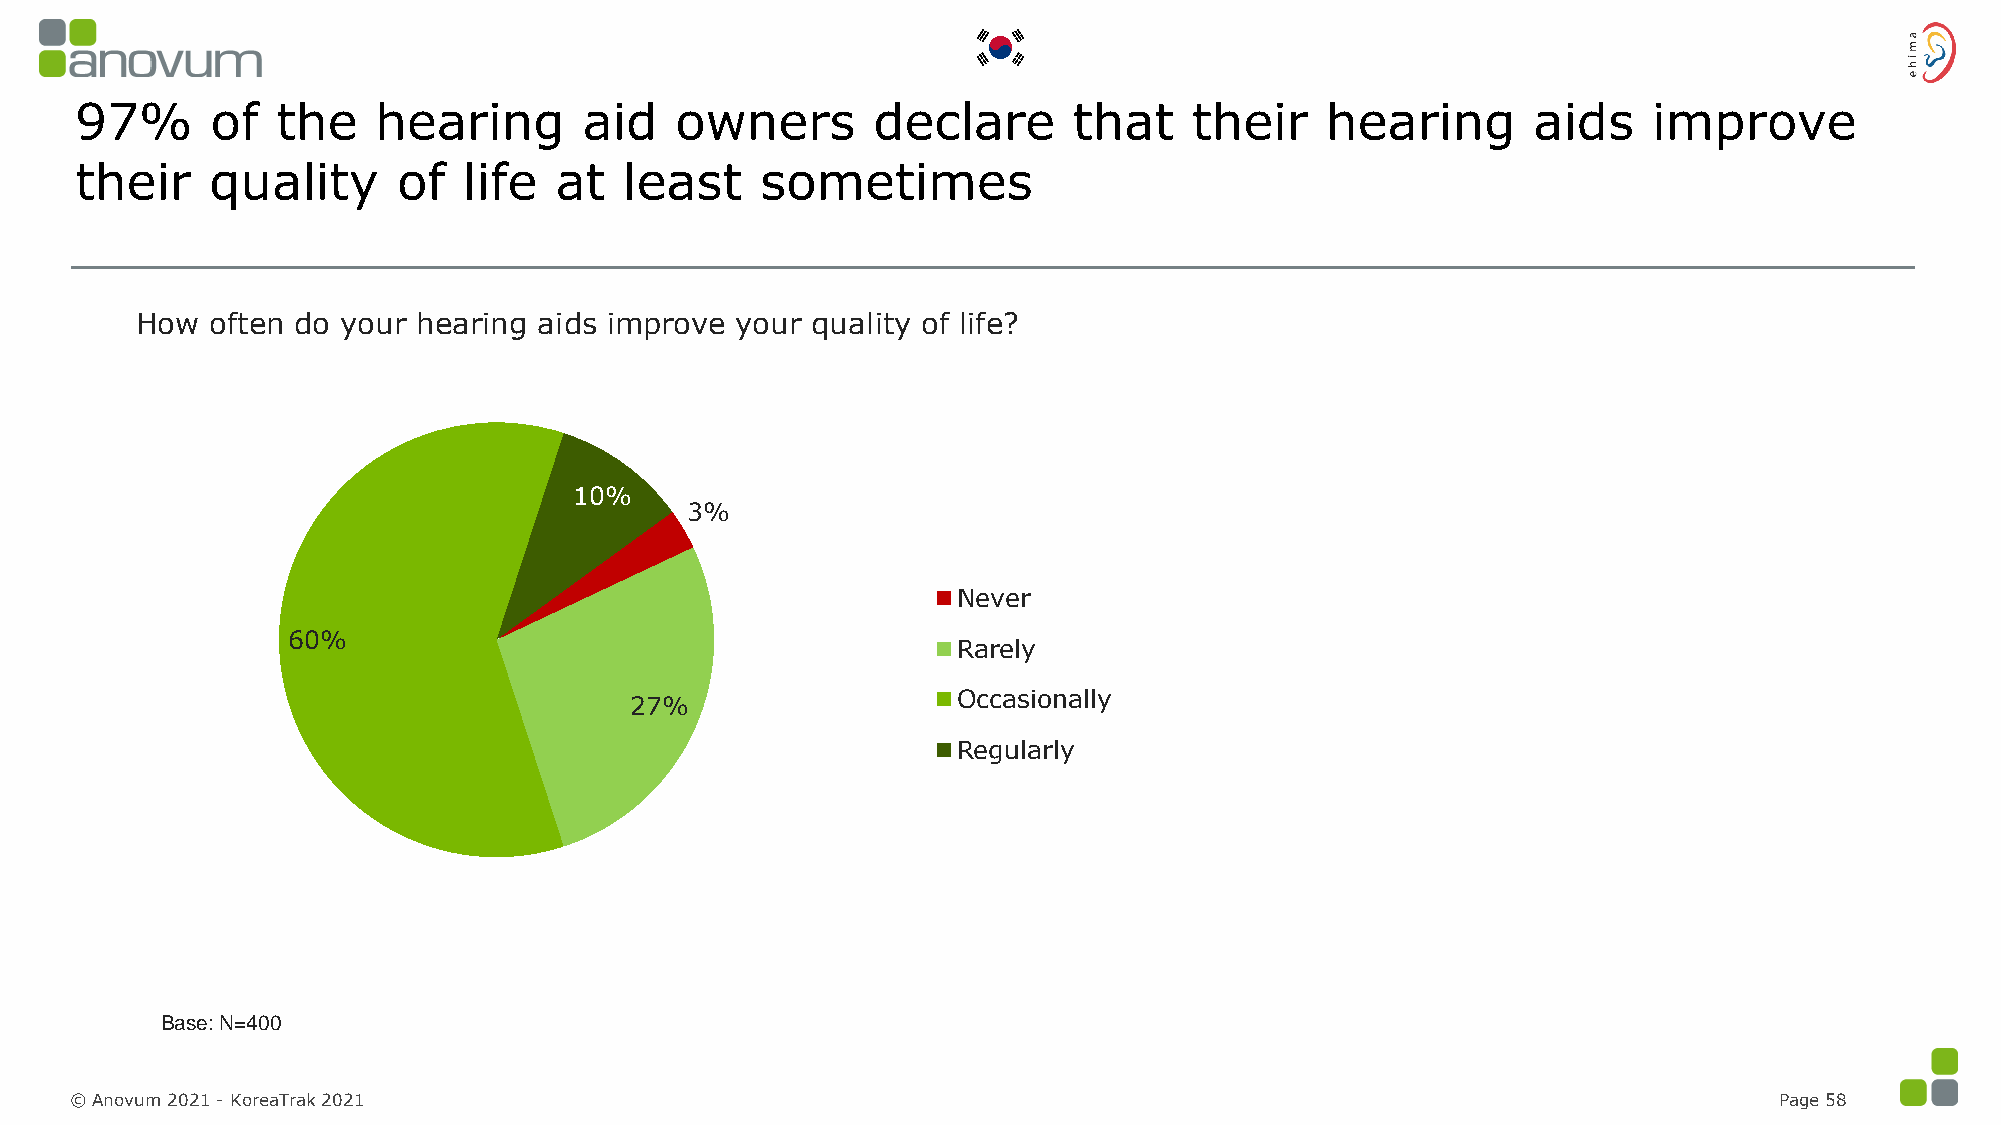
97%      of  the    hearing       aid   owners       declare      that    their    hearing      aids    improve
 their    quality     of   life  at  least    sometimes
 How  often do your hearing aids improve your quality of life?
 10%
 3%
 Never
 60%
 Rarely
 Occasionally
 27%
 Regularly
 Base: N=400
 © Anovum 2021 -KoreaTrak2021                                                                                     Page 58